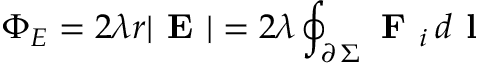
\Phi _ { E } = 2 \lambda r | \textbf { E } | = 2 \lambda \oint _ { \scriptstyle \partial \, \Sigma } \textbf { F } _ { i } \, d \textbf { l }